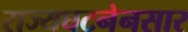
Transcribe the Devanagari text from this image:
राज्यघटनेनसार